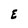
Character: E